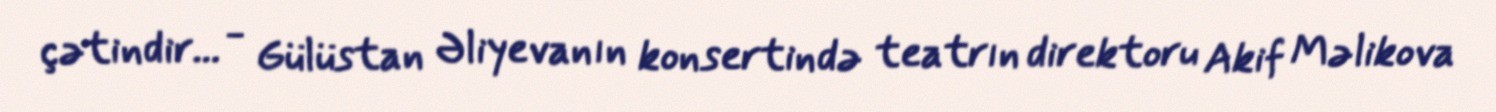
çətindir... - Gülüstan Əliyevanın konsertində teatrın direktoru Akif Məlikova